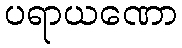
ပရာယဏော